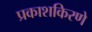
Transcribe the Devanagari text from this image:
प्रकाशकिरणे